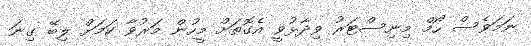
ނަމަވެސް ހޯމް މިނިސްޓަރު ވިދާޅުވީ އެގޮތަށް މީހުން މަރުވާ ކަމަށް ލިބޭ ގިނަ